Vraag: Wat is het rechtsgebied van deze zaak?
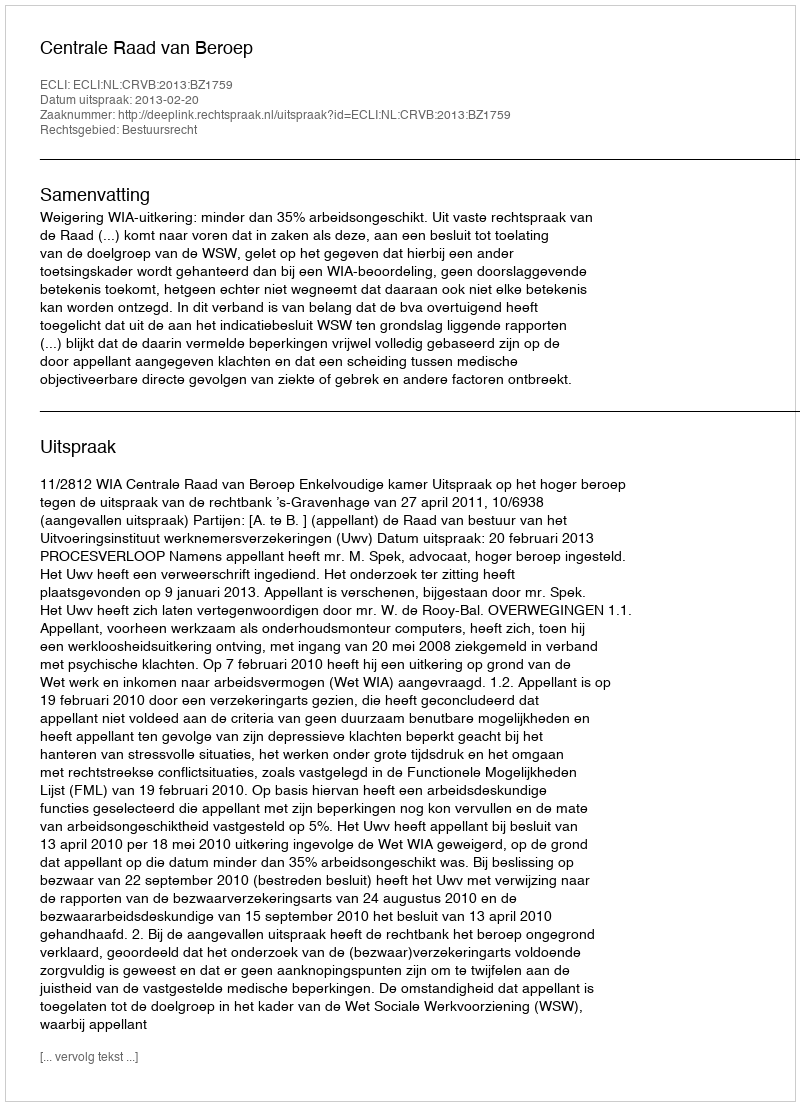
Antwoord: Bestuursrecht